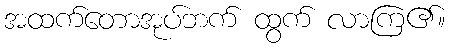
အထက်တောအုပ်ဘက် ထွက် လာကြ၏။